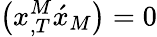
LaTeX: \left(x_{,T}^{M}\acute{x}_{M}\right)=0